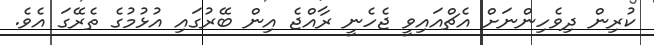
ކުރިން ދިވެހިންނަށް އެޗްއައިވީ ޖެހެނީ ރާއްޖެ އިން ބޭރުގައި އުޅުމުގެ ތެރޭގަ އެވެ.